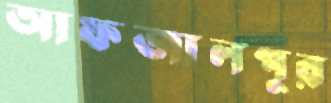
আফজালপুর